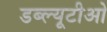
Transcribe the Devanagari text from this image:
डब्‍ल्‍यूटीओ